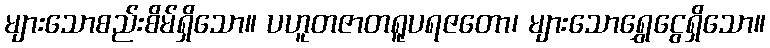
များသောစည်းစိမ်ရှိသော။ ပဟူတဇာတရူပရဇတော၊ များသောရွှေငွေရှိသော။